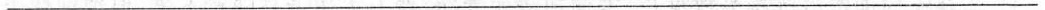
________________________